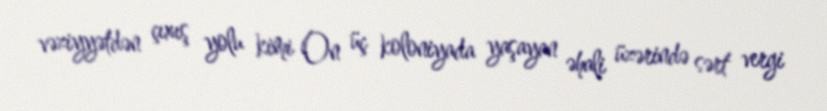
vəziyyətdən çıxış yolu kimi On üç koloniyada yaşayan əhali üzərində sərt vergi